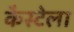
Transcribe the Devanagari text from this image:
कैस्टेला